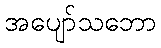
အပျော်သဘော